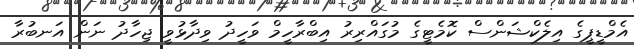
އެމްޑީޕީގެ އިލެކްޝަންސް ކޮމެޓީގެ މުގައްރިރު އިބްރާހީމް ވަހީދު ވިދާޅުވީ ޖިހާދު ނަން އަނބުރާ